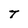
Character: T